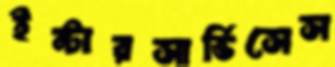
ইন্টারসার্ভিসেস